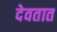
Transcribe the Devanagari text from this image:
देवतात